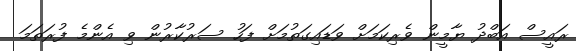
ރައީސް އަބްދު ޔާމީން ވެރިކަމަށް ވަޑައިގަތުމަށް ފަހު ސަރުކާރުން ވި އެންމެ ފުރަތަމަ